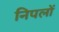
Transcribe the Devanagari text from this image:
निपलों